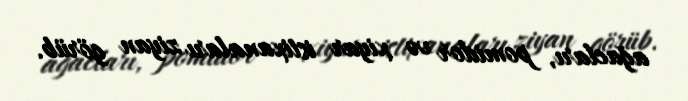
ağacları, pomidor və xiyar istixanaları ziyan görüb.